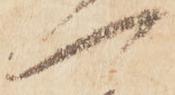
一